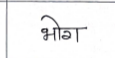
मजकूर: भोग